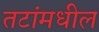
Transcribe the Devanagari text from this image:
तटांमधील